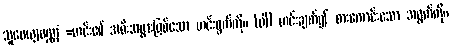
သူပေယျပဏ္ဏံ =ဟင်း၏ အစီးအပွားဖြစ်သော ဟင်းရွက်ကို။ (ဝါ) ဟင်းချက်၍ စားကောင်းသော အရွက်ကို။